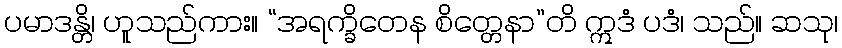
ပမာဒန္တိ၊ ဟူသည်ကား။ “အရက္ခိတေန စိတ္တေနာ”တိ ဣဒံ ပဒံ၊ သည်။ ဆသု၊